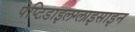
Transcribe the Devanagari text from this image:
पेप्टिडाइलग्लाइसाइन